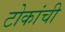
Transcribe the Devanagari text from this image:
टोकांची